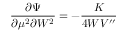
\frac { \partial \Psi } { \partial \mu ^ { 2 } \partial W ^ { 2 } } = - \frac K { 4 W V ^ { \prime \prime } }